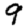
Digit: 9